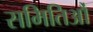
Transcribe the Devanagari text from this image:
समितिऔं